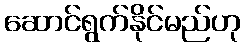
ဆောင်ရွက်နိုင်မည်ဟု